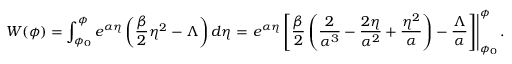
W ( \phi ) = \int _ { \phi _ { 0 } } ^ { \phi } e ^ { \alpha \eta } \left( \frac { \beta } { 2 } \eta ^ { 2 } - \Lambda \right) d \eta = \left. e ^ { \alpha \eta } \left[ \frac { \beta } { 2 } \left( \frac { 2 } { \alpha ^ { 3 } } - \frac { 2 \eta } { \alpha ^ { 2 } } + \frac { \eta ^ { 2 } } { \alpha } \right) - \frac { \Lambda } { \alpha } \right] \right| _ { \phi _ { 0 } } ^ { \phi } .